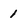
Character: 1